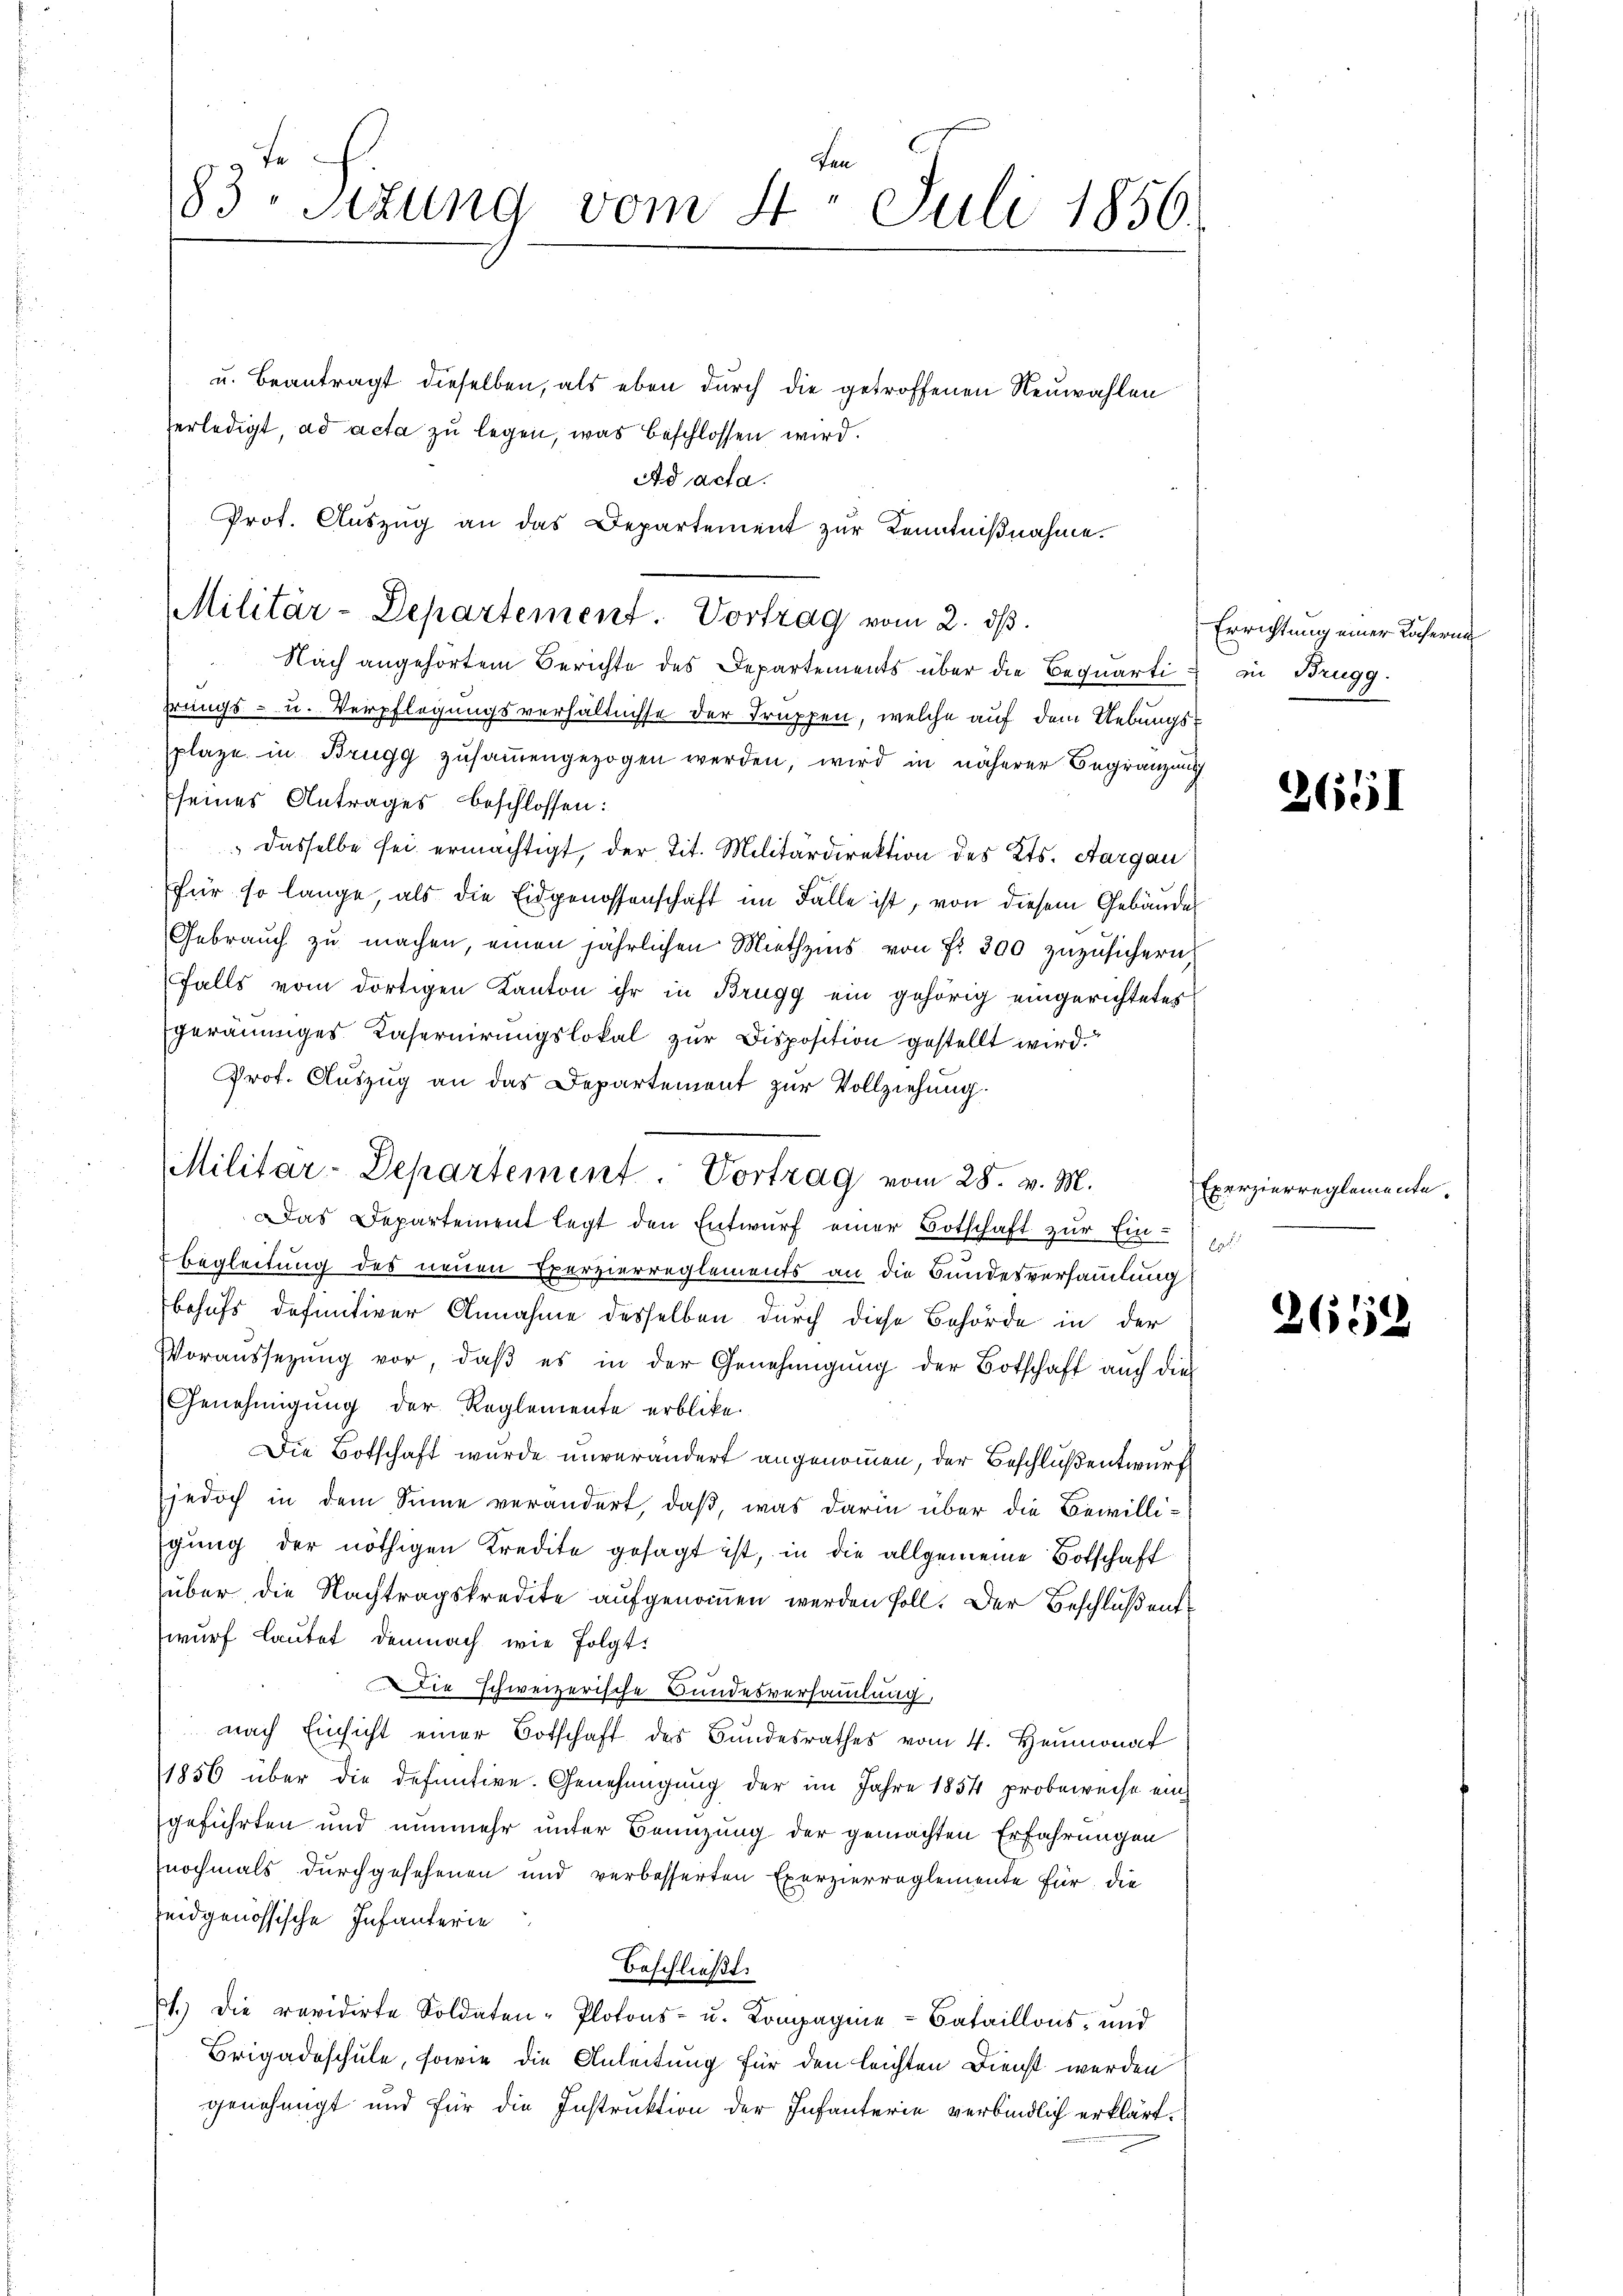
Ad acta.
Prot. Auszug an das Departement zur Kenntnißnahme.

183. Sitzung vom 4. Juli 1850.
u. Beantragt dieselben, als eben durch die getroffenen Neuwahlen
erledigt, ad acta zu legen, was beschlossen wird.

Militär-Departement. Vortrag vom 2. dβ.

Militar-Departement. Vortrag vom 28. v. M.

Nach angehörtem Berichte des Departements über die Bequartihrungs- u. Verpflegungsverhältnisse der Truppen, welche auf dem Uebungsplaze in Brugg zusammengezogen werden, wird in näherer Begränzung
seines Antrages beschlossen:
Dasselbe sei ermächtigt, der Tit. Militärdirektion des Kts. Aargau
für so lange als die Eidgenossenschaft im Falle ist, von diesem Gebäudes
Gebrauch zu machen, einen jährlichen Miethzins von Fr. 300 zuzusichern
falls vom dortigen Kanton ihr in Brugg ein gehörig eingerichtetes
geräumiges Kasernirungslokal zur Disposition gestellt wird.
Prof. Auszug an das Departement zur Vollziehung.
Das Departement legt den Entwurf einer Botschaft zur Ein¬
Begleitung des neuen Exerzierreglements an die Bundesversammlung
behufs definitiver Annahme desselben durch diese Behörde in der
Voraussetzŭng vor, daβ es in der Genehmigŭng der Botschaft auch die
Genehmigung der Reglemente erblicke.
Die Botschaft wurde unverändert angenommen, der Beschluß entwurf
jedoch in dem Sinne verändert, daß, was darin über die Bewilligung der nöthigen Kredite gesagt ist, in die allgemeine Botschaft
über die Nachtragskredite aufgenommen werden soll. Der Beschlußenswurf lautet demnach wie folgt:
Die schweizerische Bundesversammlung,
nach Einsicht einer Botschaft des Bundesrathes vom 4. Heumonat
1856 über die definitive. Genehmigung der im Jahre 1854 probeweise ein
geführten und nunmehr unter Benuzung der gemachten Erfahrungen
nochmals durchgesehenen und verbesserten Exerzierreglemente für die
eidgenössische Infanterie
beschließt:
1.) Die revidirte Soldaten- Plotons- u. Kompagnie-Bataillons, und
Brigadeschule, sowie die Anleitung für den leichten Dienst werden
genehmigt und für die Instruktion der Infanterie verbindlich erklärt.

Errichtung einer Löcherung
in Brugg.

2651

Exerzierreglemente.
60

2652